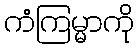
ကံကြမ္မာကို